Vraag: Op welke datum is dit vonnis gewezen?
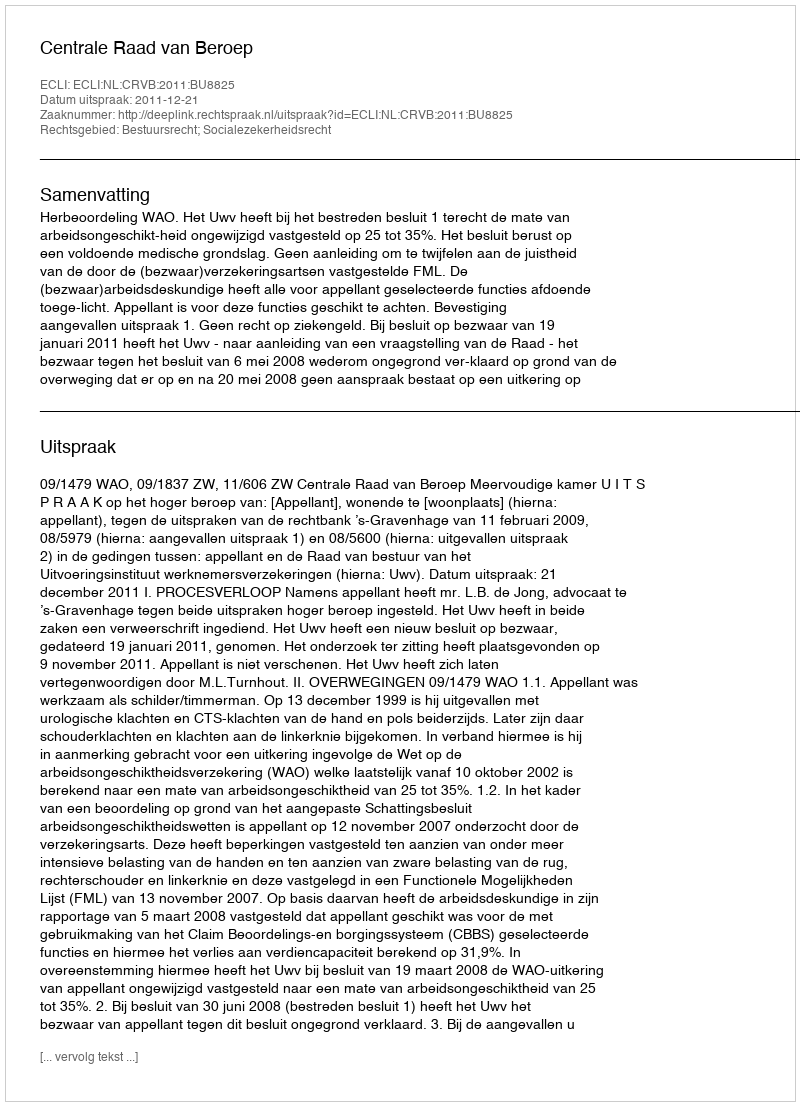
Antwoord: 2011-12-21